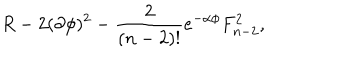
R - 2 ( \partial \phi ) ^ { 2 } - { \frac { 2 } { ( n - 2 ) ! } } e ^ { - \alpha \phi } F _ { n - 2 } ^ { 2 } ,